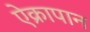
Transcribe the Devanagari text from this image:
ऐक्रापान